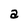
Character: a